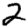
Digit: 2